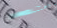
بالسكن